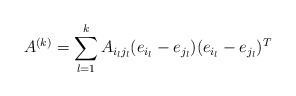
\begin{align*}A^{(k)}=\sum_{l=1}^{k}A_{i_{l}j_{l}}(e_{i_{l}}-e_{j_{l}})(e_{i_{l}}-e_{j_{l}})^{T}\end{align*}